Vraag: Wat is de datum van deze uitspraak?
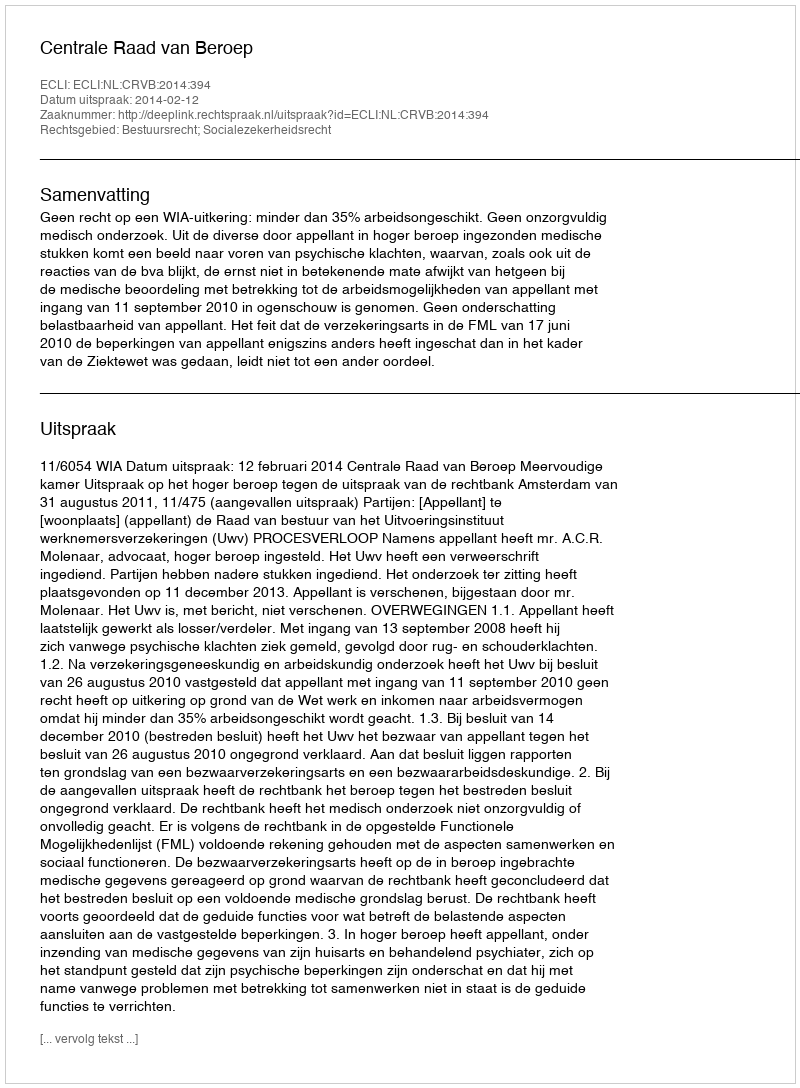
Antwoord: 2014-02-12